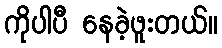
ကိုပါပီ နေခဲ့ဖူးတယ်။